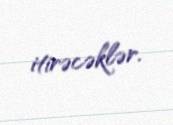
itirəcəklər.